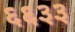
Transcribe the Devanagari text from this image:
६६३३